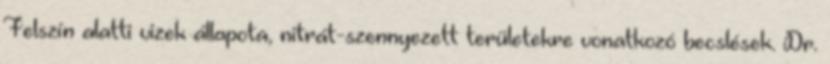
Felszín alatti vizek állapota, nitrát-szennyezett területekre vonatkozó becslések. Dr.